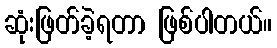
ဆုံးဖြတ်ခဲ့ရတာ ဖြစ်ပါတယ်။